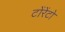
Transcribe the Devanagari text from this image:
टोंरेंटो